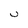
Character: U